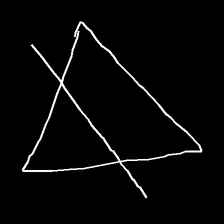
Glyph: empower